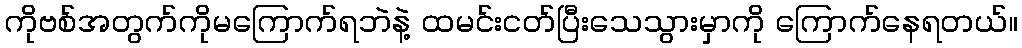
ကိုဗစ်အတွက်ကိုမကြောက်ရဘဲနဲ့ ထမင်းငတ်ပြီးသေသွားမှာကို ကြောက်နေရတယ်။